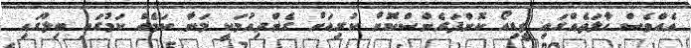
އެއްވެސް ހާލަތެއްގައި ވީޑިއޯ ކޮންފަރެންސްކޮށް ކުރިއަށް ގެންދިއުމަކީ މަނާ ކަމެއް ކަމުގައި ބިލުގައި